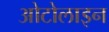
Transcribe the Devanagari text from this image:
ओटोलाइन